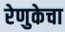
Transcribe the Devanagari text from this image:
रेणुकेचा